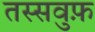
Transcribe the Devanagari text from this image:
तस्सवुफ़